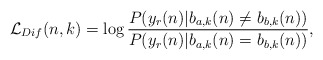
\begin{align*}\mathcal{L}_{Dif}(n,k)= \log \frac{P(y_r(n)|b_{a,k}(n) \neq b_{b,k}(n) )}{P(y_r(n)|b_{a,k}(n) = b_{b,k}(n) )},\end{align*}